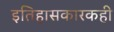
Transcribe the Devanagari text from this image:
इतिहासकारकही